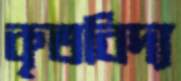
কৃতবিদ্য